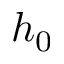
h _ { 0 }